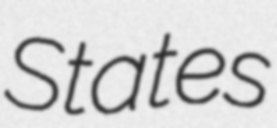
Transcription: States